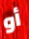
أو